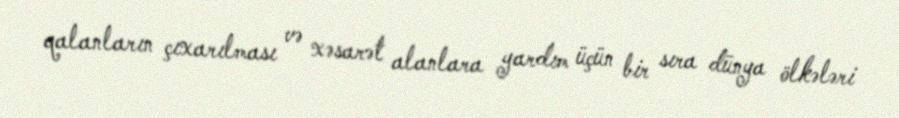
qalanların çıxarılması və xəsarət alanlara yardım üçün bir sıra dünya ölkələri